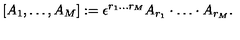
[ A _ { 1 } , \dots , A _ { M } ] : = \epsilon ^ { r _ { 1 } \dots r _ { M } } A _ { r _ { 1 } } \cdot \dots \cdot A _ { r _ { M } } .